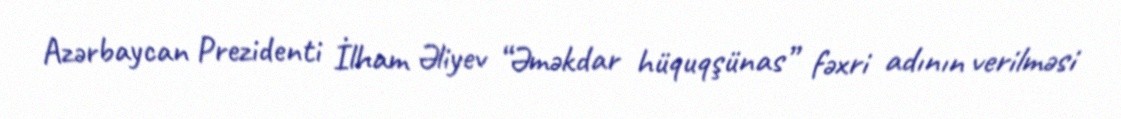
Azərbaycan Prezidenti İlham Əliyev “Əməkdar hüquqşünas” fəxri adının verilməsi